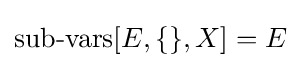
\operatorname {sub-vars} [E,\{\},X]=E